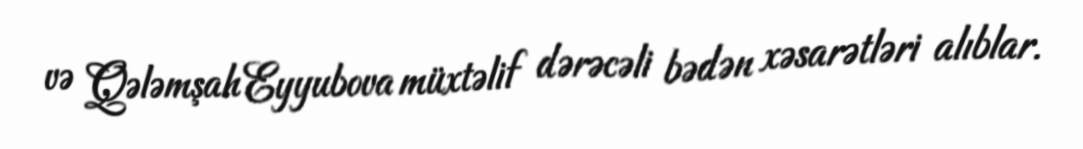
və Qələmşah Eyyubova müxtəlif dərəcəli bədən xəsarətləri alıblar.